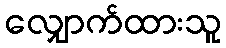
လျှောက်ထားသူ